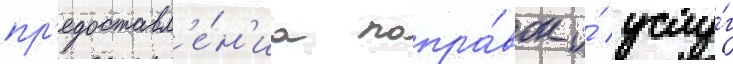
пр'едоставл'е́н'иа попра́вок и́ услу́г